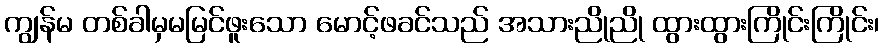
ကျွန်မ တစ်ခါမှမမြင်ဖူးသော မောင့်ဖခင်သည် အသားညိုညို ထွားထွားကြိုင်းကြိုင်း၊